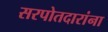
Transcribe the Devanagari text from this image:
सरपोतदारांना